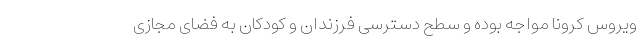
ویروس کرونا مواجه بوده و سطح دسترسی فرزندان و کودکان به فضای مجازی